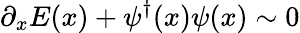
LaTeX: \partial_{x}E(x)+\psi^{\dagger}(x)\psi(x)\sim 0